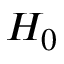
H _ { 0 }